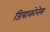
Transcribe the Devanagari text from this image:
डियाकोनेस